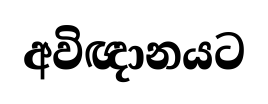
අවිඥානයට